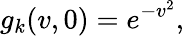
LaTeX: g_{k}(v,0)=e^{-v^{2}},